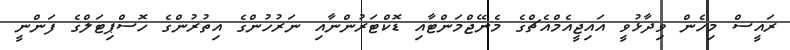
ރައީސް މިހެން ވިދާޅުވީ އައިޖީއެމްއެޗްގެ މެނޭޖްމަންޓާއި ޑޮކްޓަރުންނާއި ނަރުހުންގެ އިތުރުންގެ ހޮސްޕިޓަލްގެ ފަންނީ